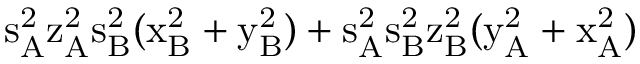
\mathrm { s _ { A } ^ { 2 } \mathrm { z _ { A } ^ { 2 } \mathrm { s _ { B } ^ { 2 } ( \mathrm { x _ { B } ^ { 2 } + \mathrm { y _ { B } ^ { 2 } ) + \mathrm { s _ { A } ^ { 2 } \mathrm { s _ { B } ^ { 2 } \mathrm { z _ { B } ^ { 2 } ( \mathrm { y _ { A } ^ { 2 } + \mathrm { x _ { A } ^ { 2 } ) } } } } } } } } } }